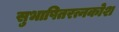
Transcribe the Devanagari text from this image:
सुभाषितरत्नकोश